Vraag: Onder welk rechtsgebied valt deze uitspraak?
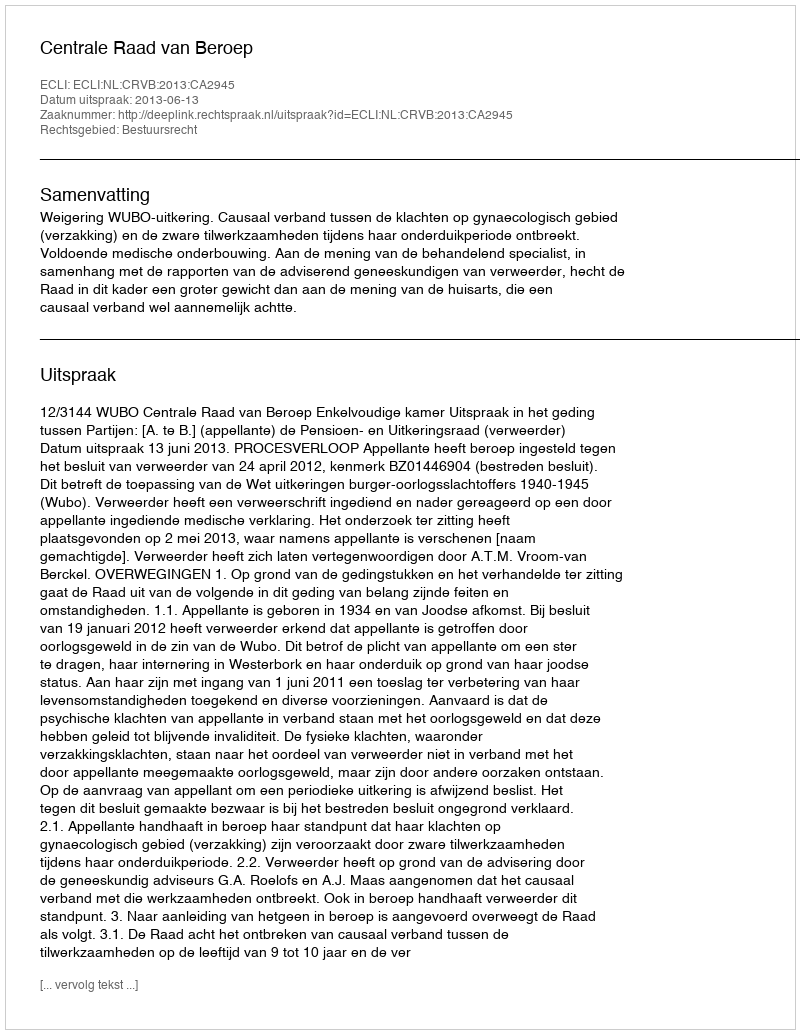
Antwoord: Bestuursrecht